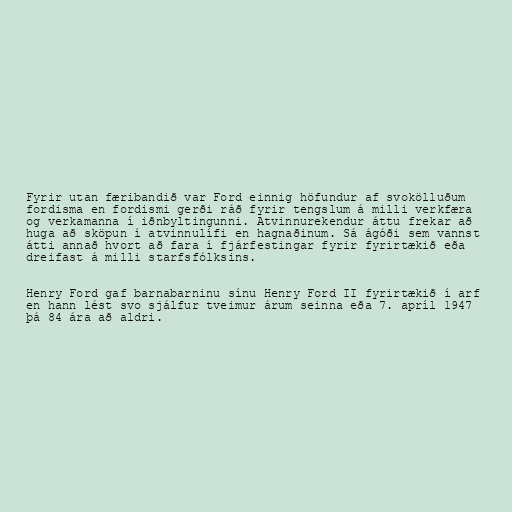
Fyrir utan færibandið var Ford einnig höfundur af svokölluðum
fordisma en fordismi gerði ráð fyrir tengslum á milli verkfæra
og verkamanna í iðnbyltingunni. Atvinnurekendur áttu frekar að
huga að sköpun í atvinnulífi en hagnaðinum. Sá ágóði sem vannst
átti annað hvort að fara í fjárfestingar fyrir fyrirtækið eða
dreifast á milli starfsfólksins.

Henry Ford gaf barnabarninu sínu Henry Ford II fyrirtækið í arf
en hann lést svo sjálfur tveimur árum seinna eða 7. apríl 1947
þá 84 ára að aldri.